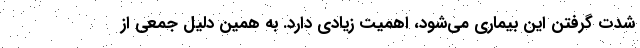
شدت گرفتن این بیماری می‌شود، اهمیت زیادی دارد. به همین دلیل جمعی از